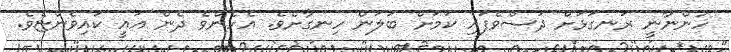
ހުންނާނީ ރަނގަޅަށް ދަސްވެފައި ކަމަށް ބަލަން ހިނގާށެވެ. އެހެންވެ ދެން އައީ ކައިވެންޏެވެ.